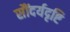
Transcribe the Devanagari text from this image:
सौंदर्यदृष्टि